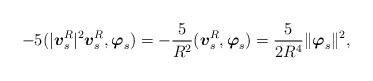
\begin{align*}-5(\lvert \mbox{\mathversion{bold}$v$}^{R}_{s}\rvert^{2}\mbox{\mathversion{bold}$v$}^{R}_{s},\mbox{\mathversion{bold}$\varphi$}_{s})=-\frac{5}{R^{2}}(\mbox{\mathversion{bold}$v$}^{R}_{s},\mbox{\mathversion{bold}$\varphi$}_{s})=\frac{5}{2R^{4}}\|\mbox{\mathversion{bold}$\varphi$}_{s}\|^{2},\end{align*}